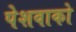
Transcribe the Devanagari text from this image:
पेशवाको